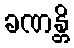
ခဏန္တိ